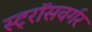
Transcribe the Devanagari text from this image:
स्ट्रॉसवर्गर